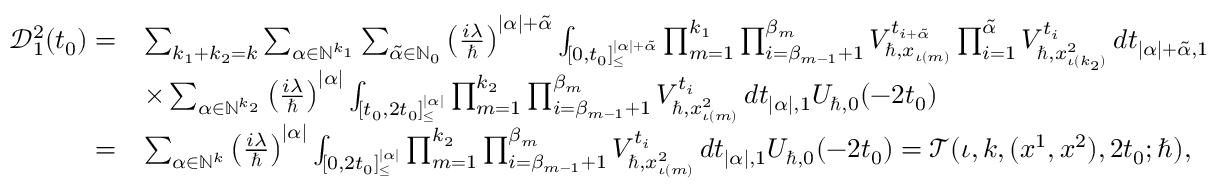
\begin{array} { r l } { \mathcal { D } _ { 1 } ^ { 2 } ( t _ { 0 } ) = } & { \sum _ { k _ { 1 } + k _ { 2 } = k } \sum _ { \alpha \in \mathbb { N } ^ { k _ { 1 } } } \sum _ { \tilde { \alpha } \in \mathbb { N } _ { 0 } } \left( \frac { i \lambda } { \hbar } \right) ^ { | \alpha | + \tilde { \alpha } } \int _ { [ 0 , t _ { 0 } ] _ { \leq } ^ { | \alpha | + \tilde { \alpha } } } \prod _ { m = 1 } ^ { k _ { 1 } } \prod _ { i = \beta _ { m - 1 } + 1 } ^ { \beta _ { m } } V _ { \hbar , x _ { \iota ( m ) } } ^ { t _ { i + \tilde { \alpha } } } \prod _ { i = 1 } ^ { \tilde { \alpha } } V _ { \hbar , x _ { \iota ( k _ { 2 } ) } ^ { 2 } } ^ { t _ { i } } \, d \boldsymbol { t } _ { | \alpha | + \tilde { \alpha } , 1 } } \\ & { \times \sum _ { \alpha \in \mathbb { N } ^ { k _ { 2 } } } \left( \frac { i \lambda } { \hbar } \right) ^ { | \alpha | } \int _ { [ t _ { 0 } , 2 t _ { 0 } ] _ { \leq } ^ { | \alpha | } } \prod _ { m = 1 } ^ { k _ { 2 } } \prod _ { i = \beta _ { m - 1 } + 1 } ^ { \beta _ { m } } V _ { \hbar , x _ { \iota ( m ) } ^ { 2 } } ^ { t _ { i } } \, d \boldsymbol { t } _ { | \alpha | , 1 } U _ { \hbar , 0 } ( - 2 t _ { 0 } ) } \\ { = } & { \sum _ { \alpha \in \mathbb { N } ^ { k } } \left( \frac { i \lambda } { \hbar } \right) ^ { | \alpha | } \int _ { [ 0 , 2 t _ { 0 } ] _ { \leq } ^ { | \alpha | } } \prod _ { m = 1 } ^ { k _ { 2 } } \prod _ { i = \beta _ { m - 1 } + 1 } ^ { \beta _ { m } } V _ { \hbar , x _ { \iota ( m ) } ^ { 2 } } ^ { t _ { i } } \, d \boldsymbol { t } _ { | \alpha | , 1 } U _ { \hbar , 0 } ( - 2 t _ { 0 } ) = \mathcal { T } ( \iota , k , ( \boldsymbol { x } ^ { 1 } , \boldsymbol { x } ^ { 2 } ) , 2 t _ { 0 } ; \hbar ) , } \end{array}